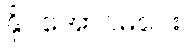
နိုင်အောင်မငေး